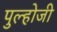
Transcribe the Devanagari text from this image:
पुल्होजी